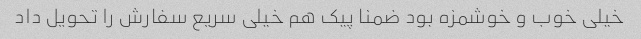
خیلی خوب و خوشمزه بود ضمنا پیک هم خیلی سریع سفارش را تحویل داد